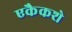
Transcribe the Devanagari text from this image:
एकैकशे